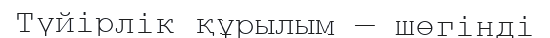
Түйірлік құрылым — шөгінді